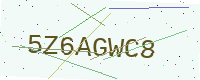
Text: 5Z6AGWC8